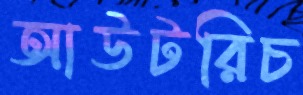
আউটরিচ